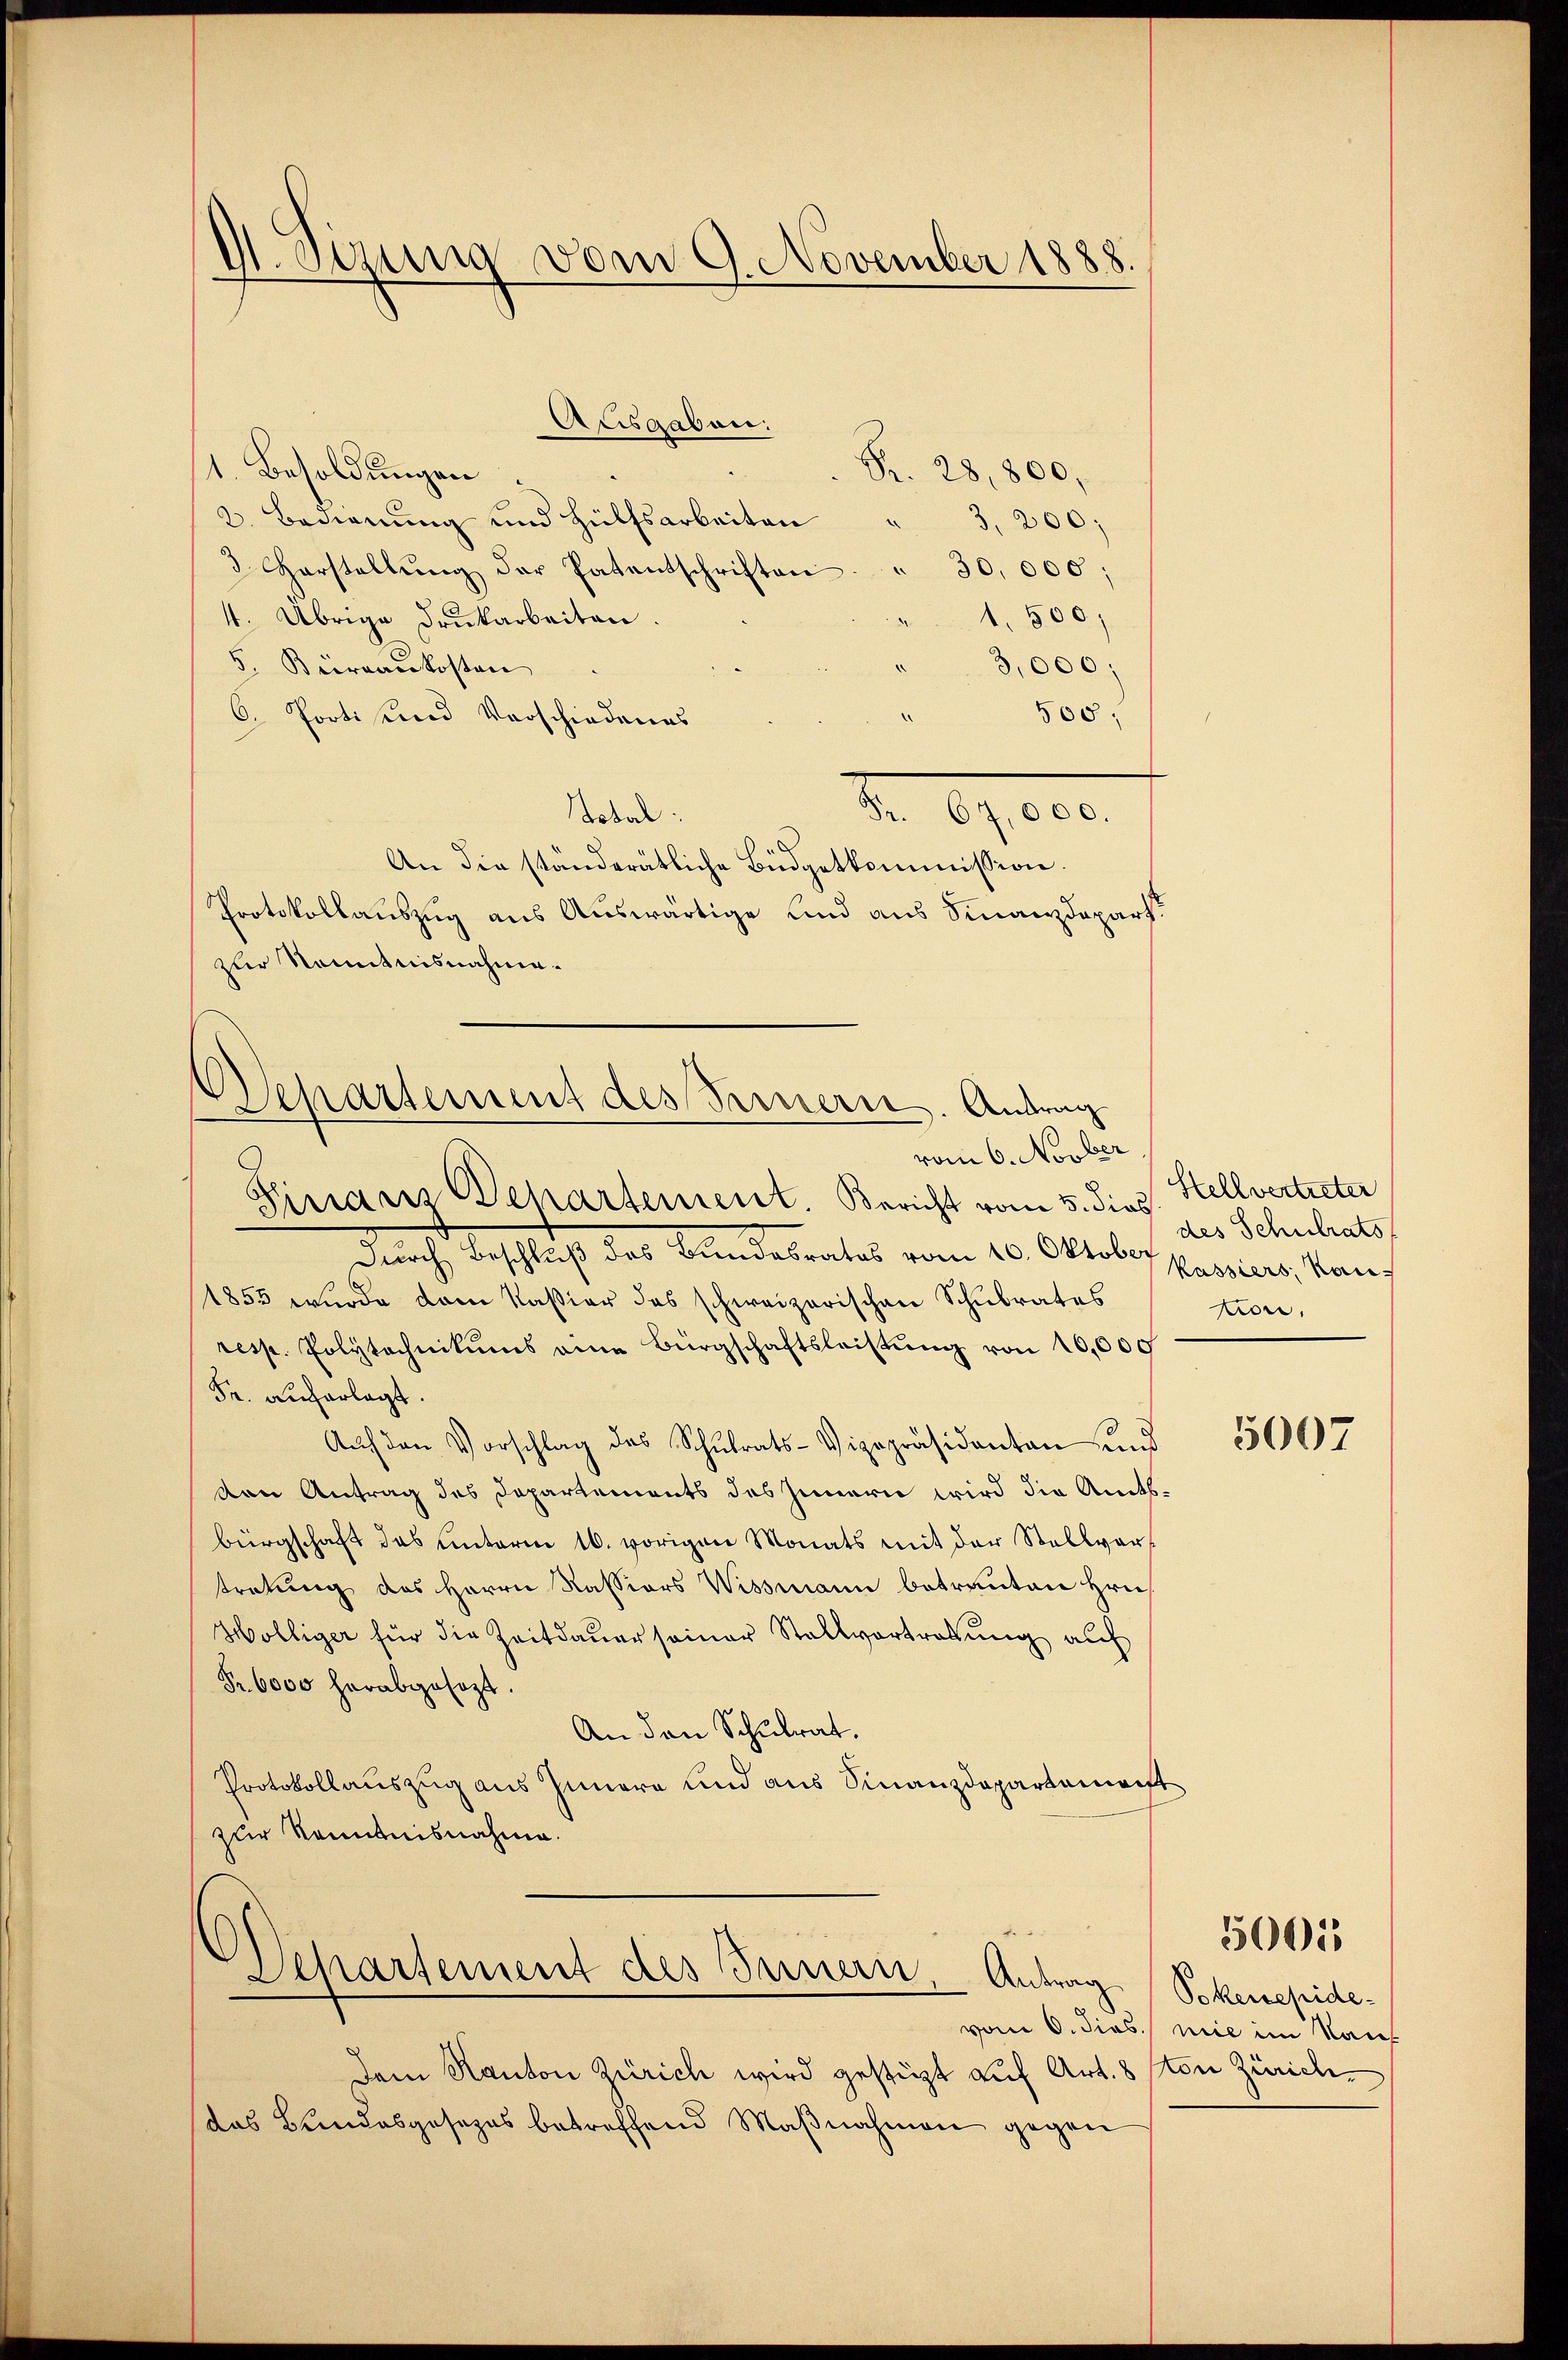
D. Sizung vom 9. November 1888.

Ausgaben:
1. Besoldungen
Pr. 28,800,
2. Bedienŭng und Hülfsarbeiten " 3,200:
3. Herstellŭng der Patentschriften. " 30,000;
1. 500,
4. Übrige Drukarbeiten.
5. Beiraaukosten
3,000
500;
6. Porti und Verschiedenes
Nr. 19,000.
Stotal:
An die ständerätliche Büdgetkommission.
Protokollauszug aus Auswärtige und aus Finanzdepart
zur Kenntnisnahme.
Durch Beschluß des Bundesrates vom 16. Oktober Passiers; Kauf
1855 wurde dem Kassier das schweizerischen Schulrates
resp. Polytechnikums eine Bürgschaftsleistŭng von 10,000
Fr. auferlegt.
Aŭf den Vorschlag des Schŭlrats-Vizepräsidanten und
den Antrag des Departements des Innern wird die Amts-
bürgschaft das unterm 16. vorigen Monats mit der Stellvertretung des Herrn Kassions Wissmann betrauten Hrn.
Wölliger für die Zeitdauer seiner Stallvertretung auch
Fr. 6000 herabgesezt.
An den Schulrat.
Protokollauszug aus Innern und aus Finanzdepartement
zur Kenntnisnahme.

Departement des Fernern. Antrag
vom 6. Novber
Einanz Departement. Bericht vom 5. dies

Departement des Innern Antrag Sokenepide-

Dem Kanton Zürich wird gestigt auf Art. 8 ton Zürich
das Bundesgesezes betreffend Maβnahmen gegen

Stellvertreter
des Schulrats
fon.

5007

vom 6. dies nie im Kauf

50015